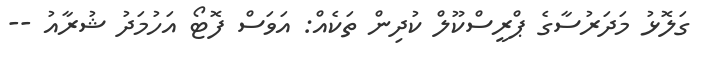
ގަލޮޅު މަދަރުސާގެ ޕްރީސްކޫލް ކުދިން ތަކެއް: އަވަސް ފޮޓޯ އަހުމަދު ޝުރާއު --